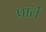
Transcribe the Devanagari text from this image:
पार्त